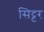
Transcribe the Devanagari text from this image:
सिट्टर